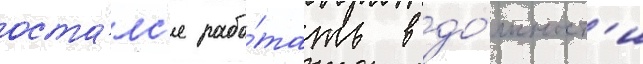
оста́лс'я рабо́тать в до́лжност'и